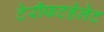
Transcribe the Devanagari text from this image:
टेरीफटहेलेट